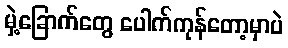
မှဲ့ခြောက်တွေ ပေါက်ကုန်တော့မှာပဲ